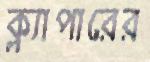
ক্ল্যাপারের